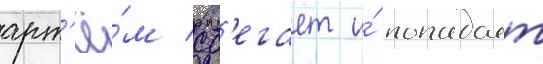
арт'ё́м сб'егает и́ попадает